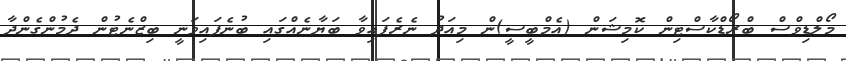
މޯލްޑިވްސް ބްރޯޑްކާސްޓިން ކޮމިޝަން (އެމްބީސީ)ން މިއަދު ނެރެފައިވާ ބަޔާނެއްގައި ބުނެފައިވަނީ ބިޒްނެޓުން ދެމުންގެންދާ